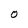
Character: O